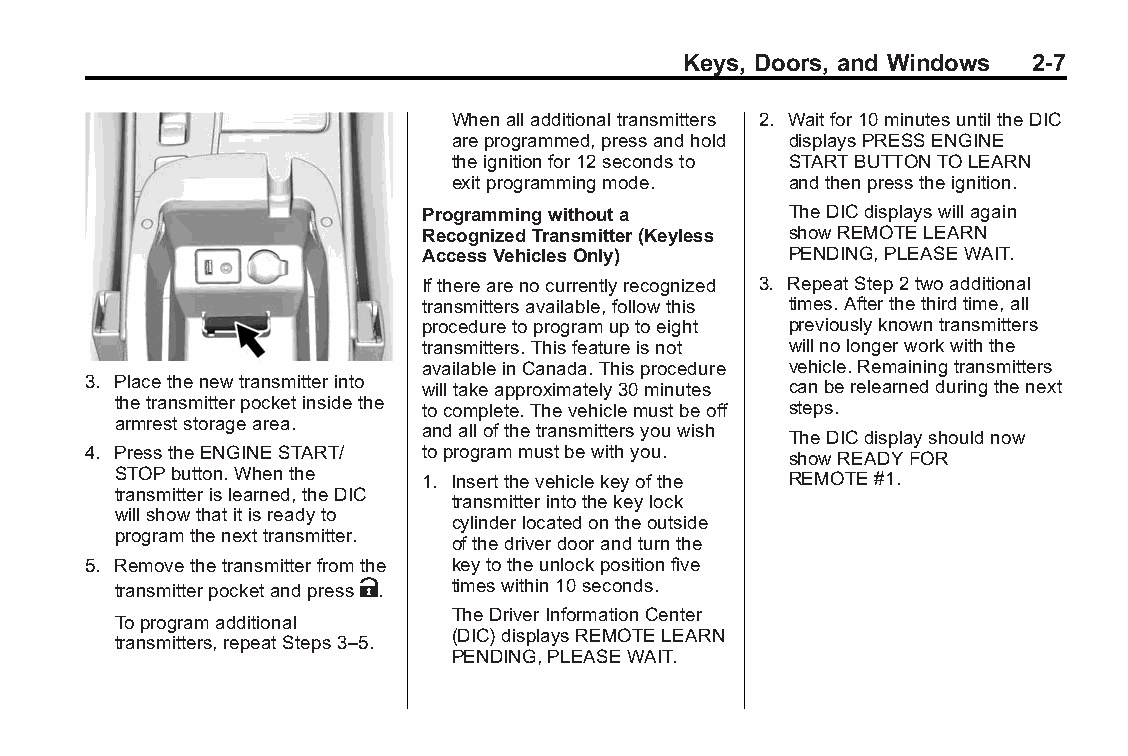
Buick LaCrosse Owner Manual (GMNA-Localizing-U.S./Canada/Mexico- Blackplate(7,1)
 6043609)-2014-2ndEdition-10/24/13
 Keys, Doors, and Windows 2-7
 Whenalladditionaltransmitters 2. Waitfor10minutesuntiltheDIC
 areprogrammed,pressandhold displaysPRESSENGINE
 theignitionfor12secondsto STARTBUTTONTOLEARN
 exitprogrammingmode.  andthenpresstheignition.
 Programmingwithouta     TheDICdisplayswillagain
 RecognizedTransmitter(Keyless showREMOTELEARN
 AccessVehiclesOnly)     PENDING,PLEASEWAIT.
 Iftherearenocurrentlyrecognized 3. RepeatStep2twoadditional
 transmittersavailable,followthis times.Afterthethirdtime,all
 proceduretoprogramuptoeight previouslyknowntransmitters
 transmitters.Thisfeatureisnot willnolongerworkwiththe
 availableinCanada.Thisprocedure vehicle.Remainingtransmitters
 3. Placethenewtransmitterinto willtakeapproximately30minutes canberelearnedduringthenext
 thetransmitterpocketinsidethe tocomplete.Thevehiclemustbeoff steps.
 armreststoragearea.
 andallofthetransmittersyouwish
 TheDICdisplayshouldnow
 4. PresstheENGINESTART/ toprogrammustbewithyou. showREADYFOR
 STOPbutton.Whenthe   1. Insertthevehiclekeyofthe REMOTE#1.
 transmitterislearned,theDIC
 transmitterintothekeylock
 willshowthatitisreadyto
 cylinderlocatedontheoutside
 programthenexttransmitter.
 ofthedriverdoorandturnthe
 5. Removethetransmitterfromthe keytotheunlockpositionfive
 transmitterpocketandpressK. timeswithin10seconds.
 TheDriverInformationCenter
 Toprogramadditional
 (DIC)displaysREMOTELEARN
 transmitters,repeatSteps3–5.
 PENDING,PLEASEWAIT.